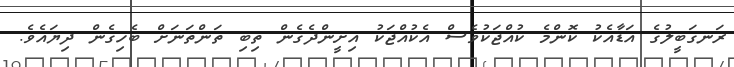
ރަނގަބީލުގެ އަޑާއެކު ކޮންމެ ކުއްޖަކުވެސް އެކުއްޖަކު އިށީންދެގެން ތިބި ތަންތަނަށް ބެހިގެން ދިޔައެވެ.